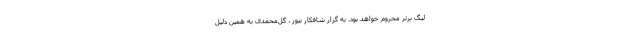
لیگ برتر محروم خواهد بود. به گزار شافکار نیوز ، گل‌محمدی به همین دلیل